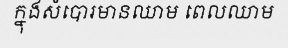
ក្នុងសំបោរមានឈាម ពេលឈាម